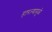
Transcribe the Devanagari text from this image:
हारल्यामुळे